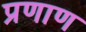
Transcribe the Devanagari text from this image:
प्रणाण